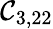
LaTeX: \mathcal{C}_{3,22}